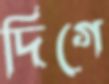
দিগে